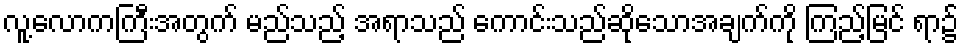
လူ့လောကကြီးအတွက် မည်သည့် အရာသည် ကောင်းသည်ဆိုသောအချက်ကို ကြည့်မြင် ရာ၌